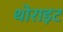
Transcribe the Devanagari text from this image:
थोराइट